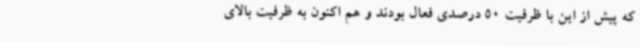
که پیش از این با ظرفیت 50 درصدی فعال بودند و هم اکنون به ظرفیت بالای